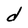
Character: d